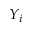
Y _ { i }